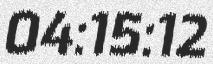
04:15:12